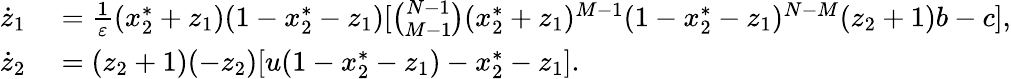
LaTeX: \begin{array}{rl}{\dot{z}_{1}}&{{}=\frac{1}{\varepsilon}(x_{2}^{*}+z_{1})(1-x_{2}^{*}-z_{1})[\binom{N-1}{M-1}(x_{2}^{*}+z_{1})^{M-1}(1-x_{2}^{*}-z_{1})^{N-M}(z_{2}+1)b-c],}\\ {\dot{z}_{2}}&{{}=(z_{2}+1)(-z_{2})[u(1-x_{2}^{*}-z_{1})-x_{2}^{*}-z_{1}].}\end{array}